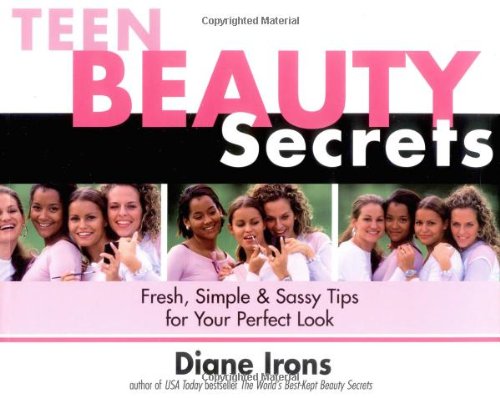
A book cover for Teen Beauty Secrets: Fresh, Simple & Sassy Tips for Your Perfect Look; Diane Irons; Teen & Young Adult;